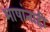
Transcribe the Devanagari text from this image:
भाषांनाही